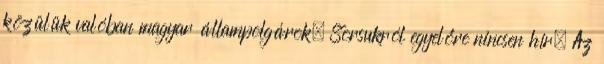
közülük valóban magyar állampolgárok. Sorsukról egyelőre nincsen hír. Az